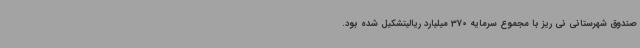
صندوق شهرستانی نی ریز با مجموع سرمایه 370 میلیارد ریالیتشکیل شده بود.